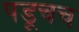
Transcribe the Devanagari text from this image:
पडूचच